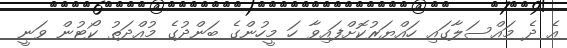
އެ ދެ މައްސަލާގައި ހައްޔަރުކޮށްފައިވާ ހަ މީހުންގެ ބަންދުގެ މުއްދަތު ކޯޓުން ވަނީ